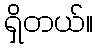
ရှိတယ်။